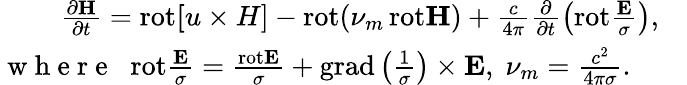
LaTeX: \begin{array}{r}{\frac{\partial{\mathbf H}}{\partial t}=\mathrm{rot}{\mathbf[u\times H]}-\mathrm{rot}(\nu_{m}\, \mathrm{rot}{\mathbf H})+\frac{c}{4\pi}\frac{\partial}{\partial t}\left(\mathrm{rot}\frac{{\mathbf E}}{\sigma}\right),\quad}\\ {{{\mathrm{~w~h~e~r~e~}}}\; \; \mathrm{rot}\frac{{\mathbf E}}{\sigma}=\frac{\mathrm{rot}{\mathbf E}}{\sigma}+\mathrm{grad}\left(\frac{1}{\sigma}\right)\times{\mathbf E},\; \nu_{m}=\frac{c^{2}}{4\pi\sigma}.\qquad}\end{array}